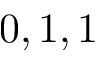
0 , 1 , 1